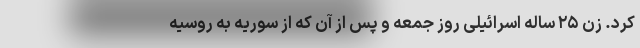
کرد. زن ۲۵ ساله اسرائیلی روز جمعه و پس از آن که از سوریه به روسیه